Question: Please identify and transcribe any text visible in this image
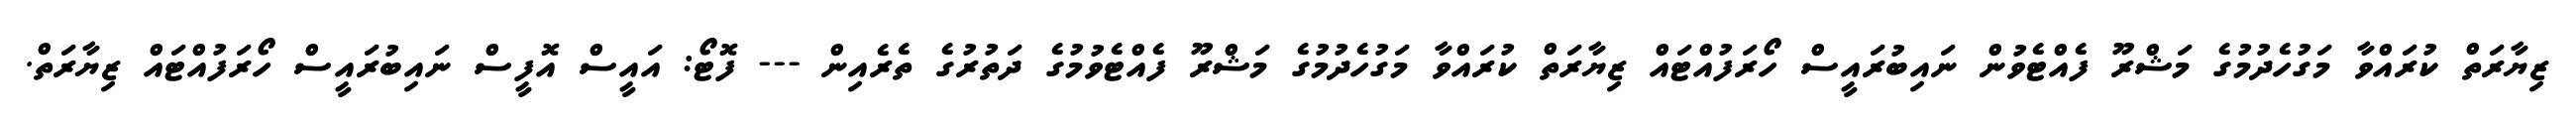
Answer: ޒިޔާރަތް ކުރައްވާ މަގުހެދުމުގެ މަޝްރޫ ފެއްޓެވުން ނައިބުރައީސް ހޯރަފުއްޓައް ޒިޔާރަތް ކުރައްވާ މަގުހެދުމުގެ މަޝްރޫ ފެއްޓެވުމުގެ ދަތުރުގެ ތެރެއިން --- ފޮޓޯ: އައީސް އޮފީސް ނައިބުރައީސް ހޯރަފުއްޓައް ޒިޔާރަތް.